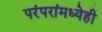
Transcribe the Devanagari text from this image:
परंपरांमध्येही